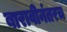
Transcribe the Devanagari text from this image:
बारावीनंतरच